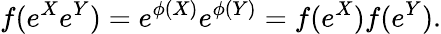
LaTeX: f(e^{X}e^{Y})=e^{\phi(X)}e^{\phi(Y)}=f(e^{X})f(e^{Y}).